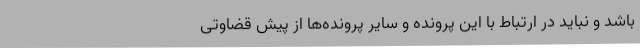
باشد و نباید در ارتباط با این پرونده و سایر پرونده‌ها از پیش قضاوتی